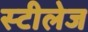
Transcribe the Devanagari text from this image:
स्टीलेज